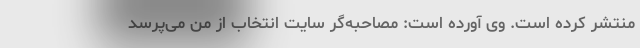
منتشر کرده است. وی آورده است: مصاحبه‌گر سایت انتخاب از من می‌پرسد